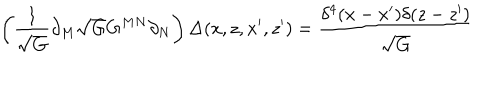
\left( \frac { 1 } { \sqrt { G } } \partial _ { M } \sqrt { G } G ^ { M N } \partial _ { N } \right) \Delta ( x , z , x ^ { \prime } , z ^ { \prime } ) = \frac { \delta ^ { 4 } ( x - x ^ { \prime } ) \delta ( z - z ^ { \prime } ) } { \sqrt { G } }